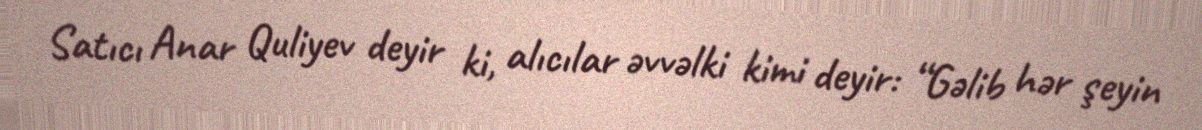
Satıcı Anar Quliyev deyir ki, alıcılar əvvəlki kimi deyir: “Gəlib hər şeyin